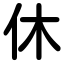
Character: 休